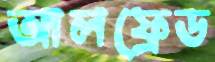
আলফ্রেড